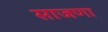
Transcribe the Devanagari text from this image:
साजणा